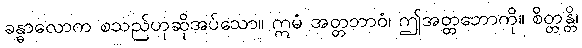
ခန္ဓာလောက စသည်ဟုဆိုအပ်သော။ ဣမံ အတ္တဘာဝံ၊ ဤအတ္တဘောကို။ စိတ္တန္တိ၊